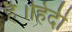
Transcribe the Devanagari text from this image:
है।हिंदी